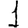
Digit: 1